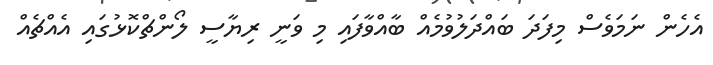
އެހެން ނަމަވެސް މިފަދަ ބައްދަލުވުމެއް ބާއްވާފައި މި ވަނީ ރިޔާސީ ލޯންޗްކޮޅުގައި އެއްޗެއް